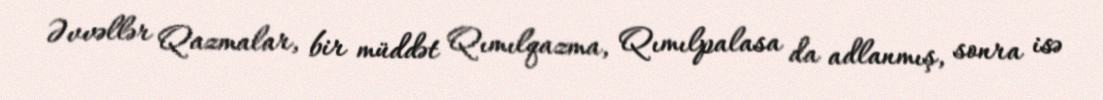
Əvvəllər Qazmalar, bir müddət Qımılqazma, Qımılpalasa da adlanmış, sonra isə